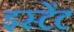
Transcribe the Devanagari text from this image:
इस्टेंट